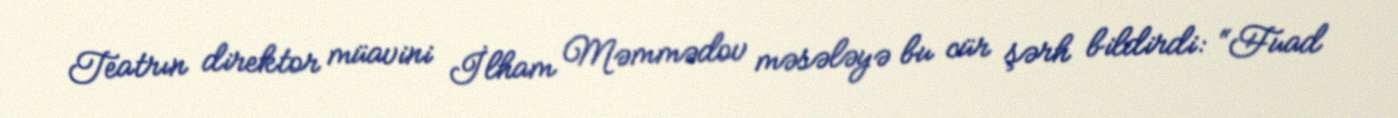
Teatrın direktor müavini İlham Məmmədov məsələyə bu cür şərh bildirdi: “Fuad